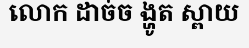
លោក ដាច់ច ង្ហូត ស្ពាយ